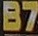
B7